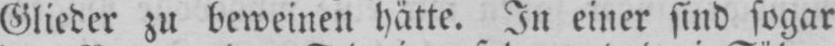
Glieder zu beweinen hätte. In einer sind sogar